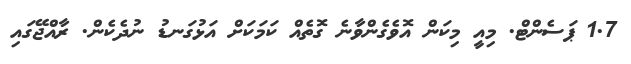
1.7 ޕަސެންޓް. މިއީ މިކަން އޮވެގެންވާނެ ގޮތެއް ކަމަކަށް އަޅުގަނޑު ނުދެކެން. ރާއްޖޭގައި